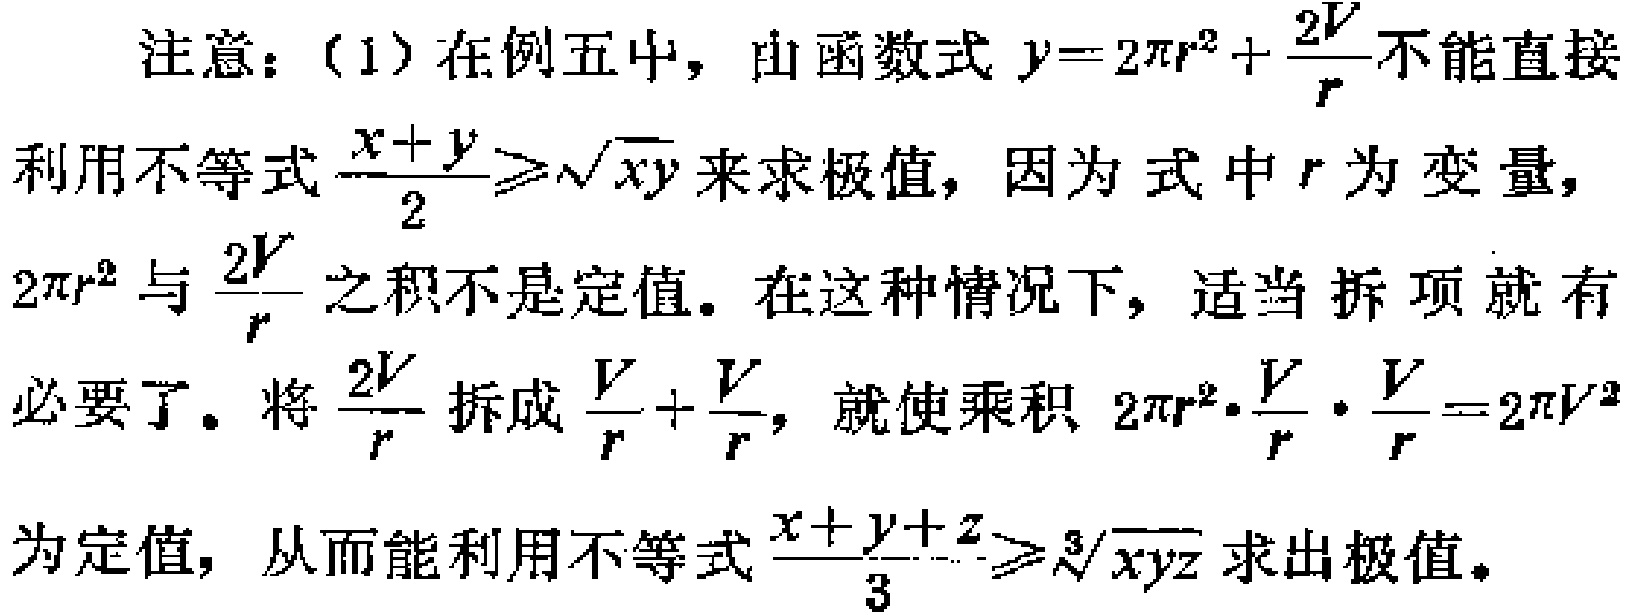
注意：（1）在例五中，由函数式 \(y = 2\pi r^{2}+\frac{2V}{r}\)不能直接利用不等式\(\frac{x + y}{2}\geqslant\sqrt{xy}\)来求极值，因为式中 \(r\) 为变量，\(2\pi r^{2}\)与\(\frac{2V}{r}\)之积不是定值。在这种情况下，适当拆项就有必要了。将\(\frac{2V}{r}\)拆成\(\frac{V}{r}+\frac{V}{r}\)，就使乘积 \(2\pi r^{2}\cdot\frac{V}{r}\cdot\frac{V}{r}=2\pi V^{2}\)为定值，从而能利用不等式\(\frac{x + y+z}{3}\geqslant\sqrt[3]{xyz}\)求出极值。